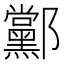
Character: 䣣